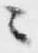
ニ